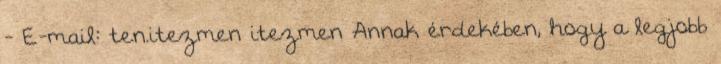
- E-mail: ten.itezmen itezmen Annak érdekében, hogy a legjobb